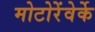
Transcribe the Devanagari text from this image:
मोटोरेंवेर्के